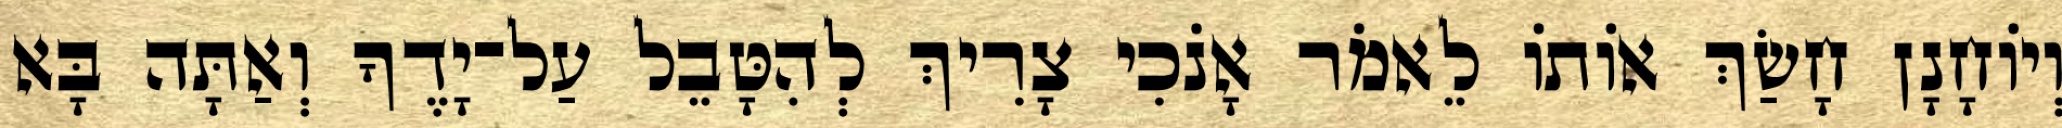
וְיוֹחָנָן חָשַׂךְ אוֹתוֹ לֵאמֹר אָנֹכִי צָרִיךְ לְהִטָּבֵל עַל־יָדֶךָ וְאַתָּה בָּא